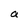
Character: a